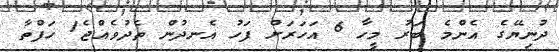
ދުނިޔޭގެ އެންމެ ބަރު މީހާ 6 އަހަރަށް ފަހު އެނދުން ތެދުވެއްޖެ1 ހަފްތާ